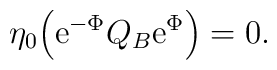
\eta_0 \Bigl( {\rm e}^{-\Phi} Q_B {\rm e}^{\Phi}\Bigr)=0.